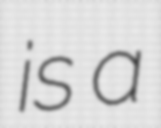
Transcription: is a